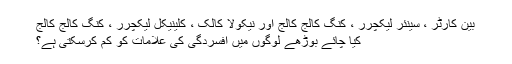
بین کارٹر ، سینئر لیکچرر ، کنگ کالج کالج اور نیکولا کالک ، کلینیکل لیکچرر ، کنگ کالج کالج
کیا چائے بوڑھے لوگوں میں افسردگی کی علامات کو کم کرسکتی ہے؟